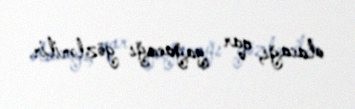
olacağı, qar yağacağı gözlənilir.